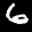
Label: 6